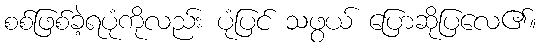
စစ်ဖြစ်ခဲ့ရပုံကိုလည်း ပုံပြင် သဖွယ် ပြောဆိုပြလေ၏။